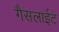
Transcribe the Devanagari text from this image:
गैसलाईट